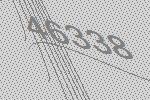
46338